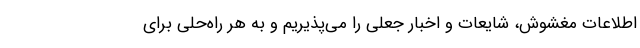
اطلاعات مغشوش، شایعات و اخبار جعلی را می‌پذیریم و به هر راه‌حلی برای